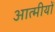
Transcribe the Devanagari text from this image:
आत्मीयों